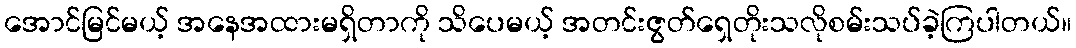
အောင်မြင်မယ့် အနေအထားမရှိတာကို သိပေမယ့် အတင်းဇွတ်ရှေတိုးသလိုစမ်းသပ်ခဲ့ကြပါတယ်။